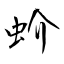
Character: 蚧